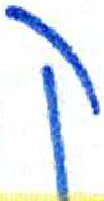
אות: ק